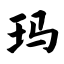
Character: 玛